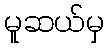
မူဆယ်မှ